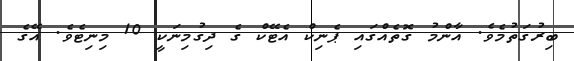
ބިރުގަތުމެވެ. އާންމު ގޮތެއްގައި ޕެނިކް އެޓޭކް ގެ ދިގުމިނަކީ 10 މިނިޓެވެ. އޭގެ